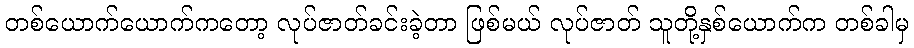
တစ်ယောက်ယောက်ကတော့ လုပ်ဇာတ်ခင်းခဲ့တာ ဖြစ်မယ် လုပ်ဇာတ် သူတို့နှစ်ယောက်က တစ်ခါမှ